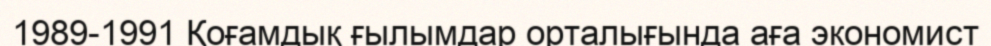
1989-1991 Қоғамдық ғылымдар орталығында аға экономист